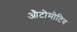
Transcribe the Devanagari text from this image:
औटोमोटिव